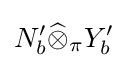
N_{b}^{\prime }{\widehat {\otimes }}_{\pi }Y_{b}^{\prime }